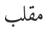
مقلب